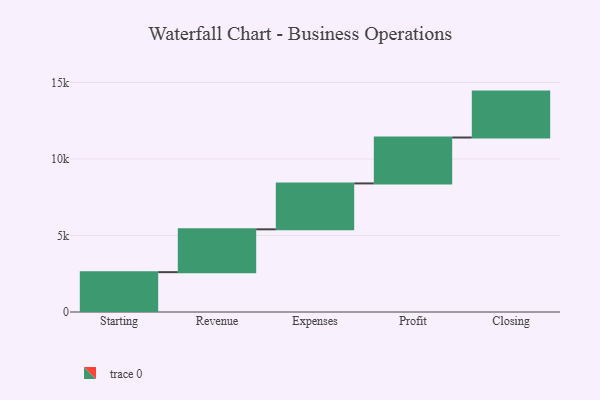
{"axis": {"x": "Step", "y": "Value"}, "legend": [""], "data": [{"x": "Starting", "y": 2604.0, "type": ""}, {"x": "Revenue", "y": 2799.0, "type": ""}, {"x": "Expenses", "y": 3000, "type": ""}, {"x": "Profit", "y": 3000, "type": ""}, {"x": "Closing", "y": 3000, "type": ""}]}